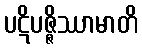
ပဋိပဇ္ဇိဿာမာတိ